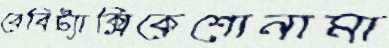
বেবিট্যাক্সিকেশোনামা